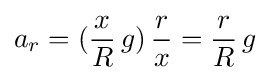
a_{r}=({\frac {x}{R}}\,g)\,{\frac {r}{x}}={\frac {r}{R}}\,g